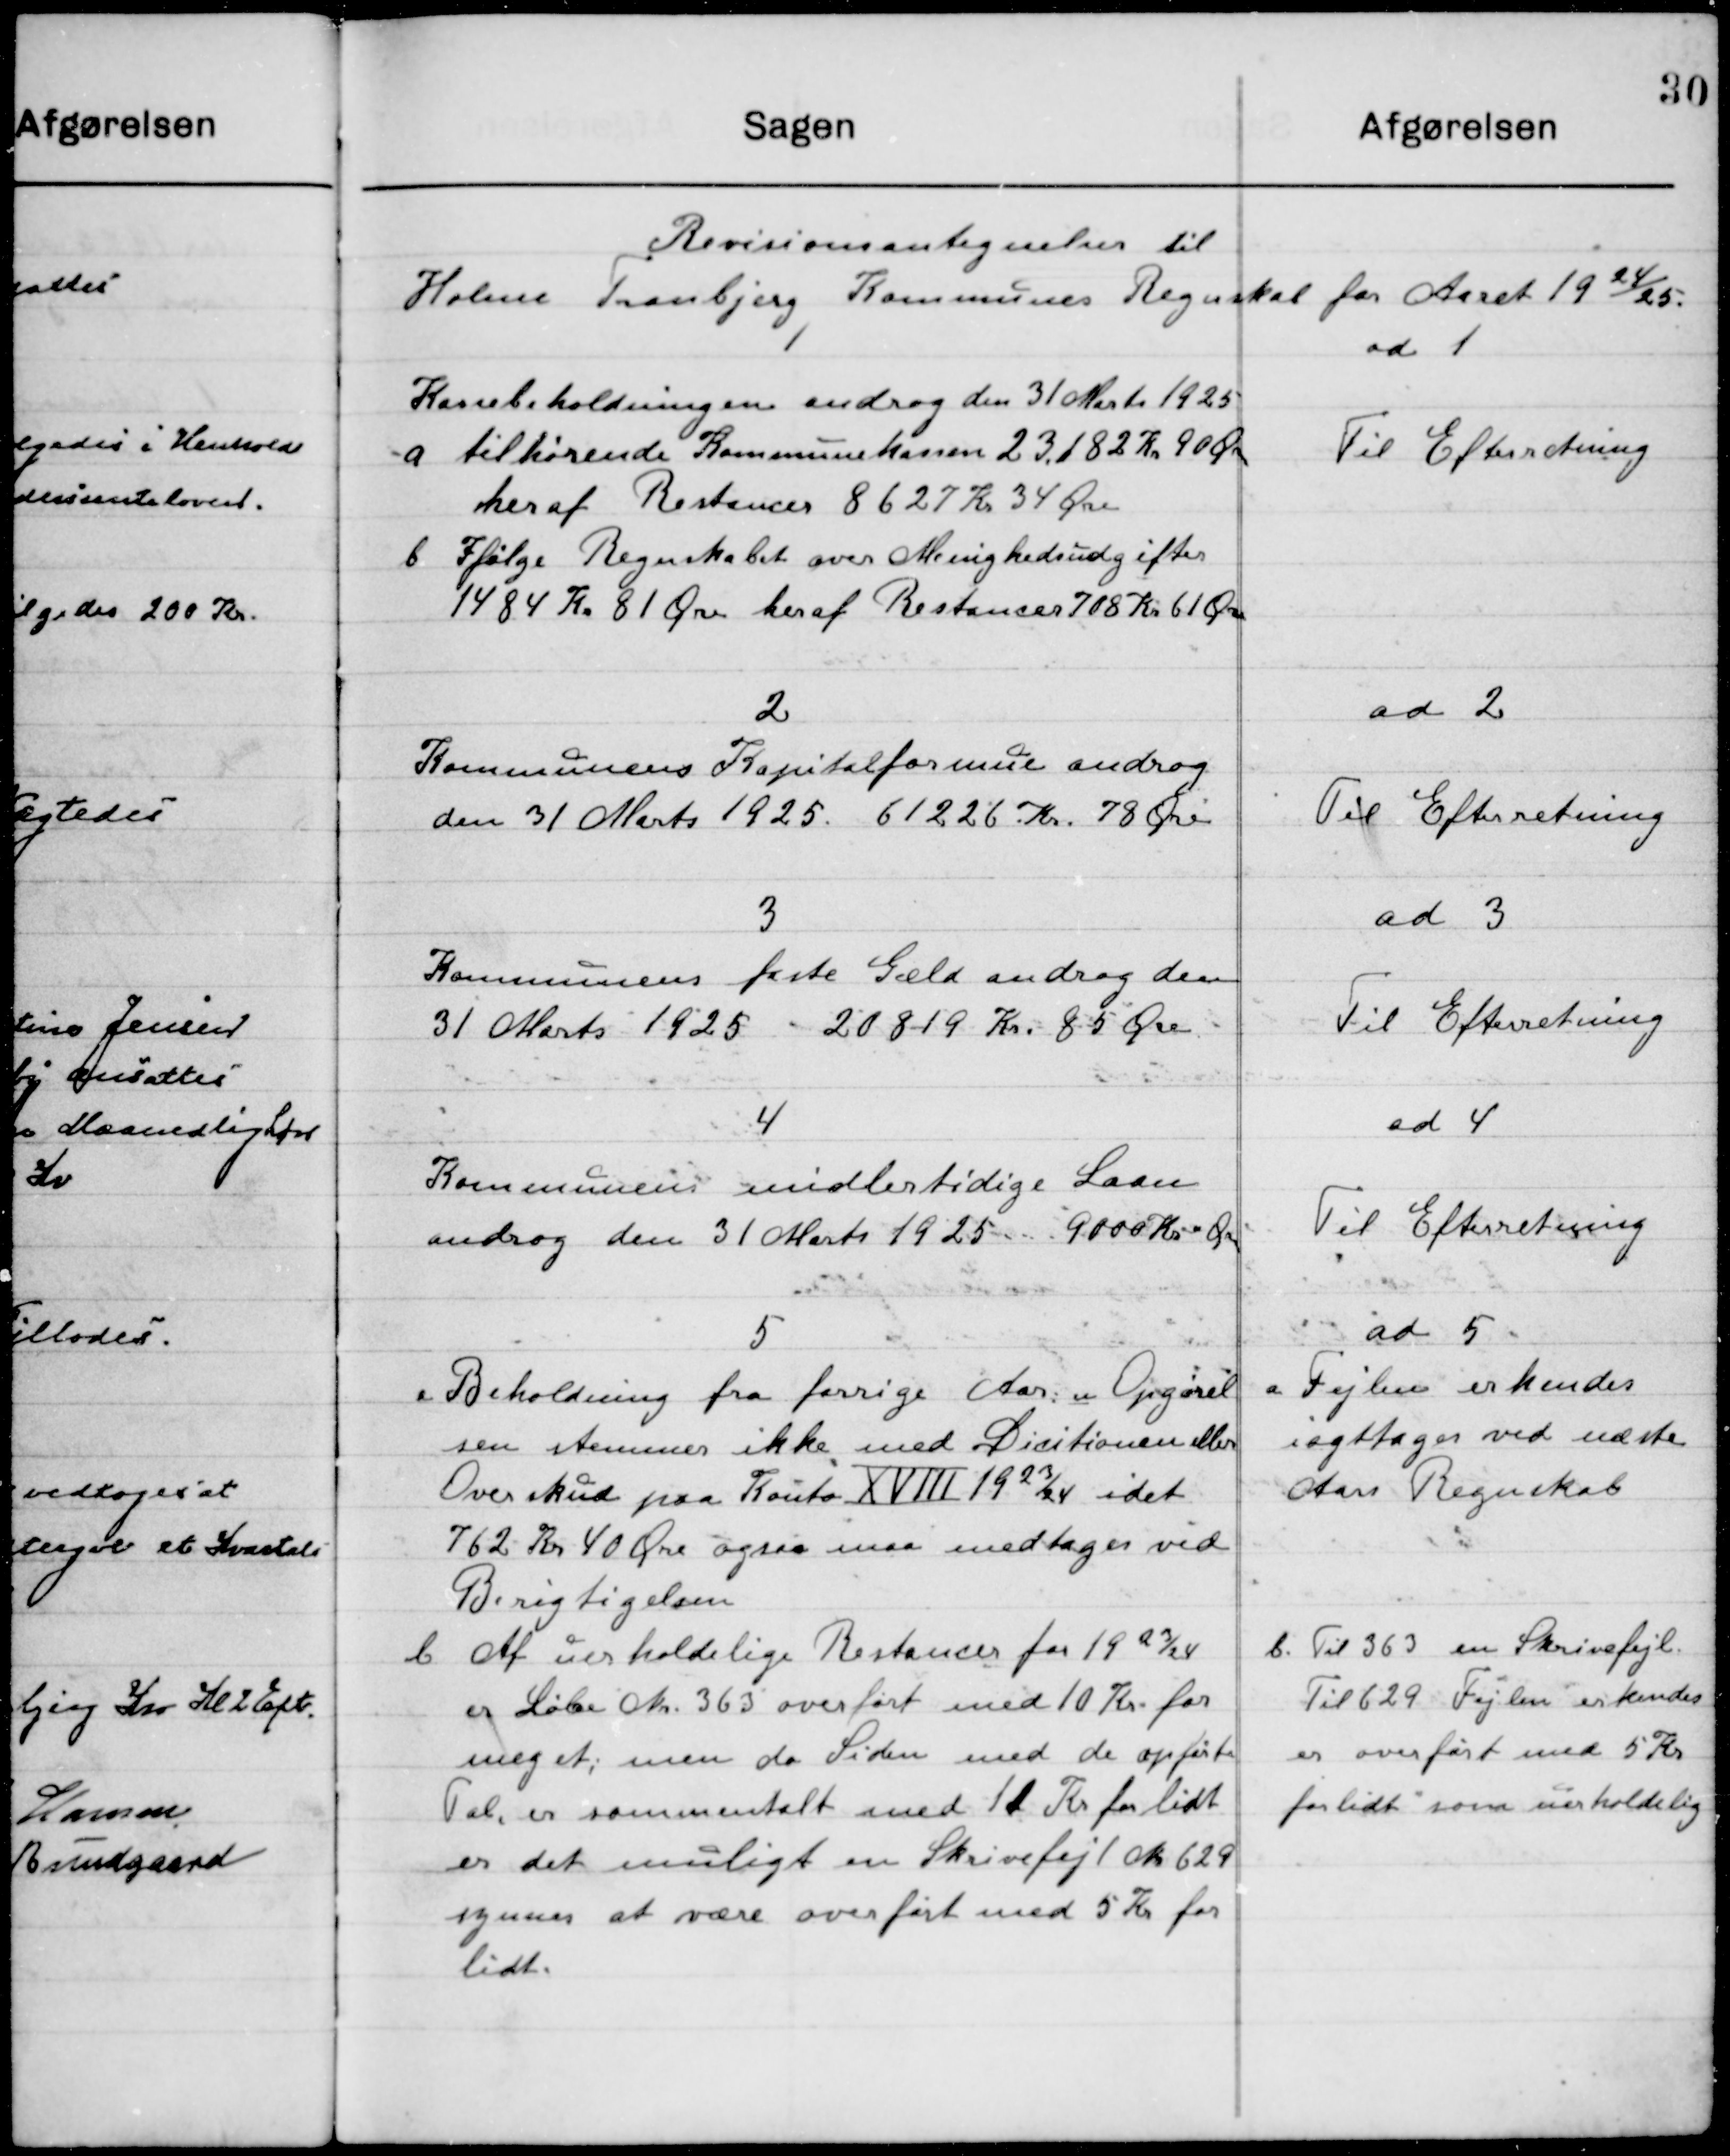
Transskription:
Revisionsantegnelse til 
Holme Tranbjerg Kommunens Regnskab for Aaret 1924/25

1
Kassebeholdningen androg den 31 Marts 1925
a. tilhørende Kommunekassen 23.182 Kr. 90 Øre
heraf Restancer 8627 Kr. 34 Øre
b. Ifølge Regentskabet over Menighedsudgifter
1484 Kr. 81 Øre heraf Restancer 7018 Kr. 61 Øre

ad 1
Til Efterretning

2
Kommunens Kapitalformue androg
den 31 Marts 1925  61226 Kr. 78 Øre

ad 2
Til Efterretning

3
Kommunens faste Gæld andrager den 
31 Marts 1925 20819 Kr. 85 Øre

ad 3
Til Efterretning

4
Kommunens midlertidige Laan
androg den 31 Marts 1925 9000 Kr. - Øre

ad 4 
Til Efterretning

5
a. Beholdning fra forrige Aares Opgørel-
sen stemmer ikke med Dicitionen eller
Overskud paa konto XVIII 1923/24 idet
762 Kr. 40 Øre ogsaa maa medtages ved
Berigtigelsen

ad 5
a. Fejlen erkendes
iagttages ved næste 
Aars Regnskab

b. Af uerholdige Restancer for 1923/24
er Løbe No. 363 overført med 10 Kr. for
meget, men da Siden med de opførte 
Tal, er sammentalt med 11 Kr. for lidt
er det muligt en Skrivefejl No. 629
synes at være overført med 5 Kr. for
lidt.

b. Til 363 en Skrivefejl 
Til 629 Fejlen erkendes
er overført med 5 Kr.
for lidt som uerholdelig